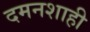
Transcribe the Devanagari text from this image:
दमनशाही